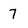
Character: 7